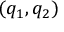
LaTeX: ( q _ { 1 } , q _ { 2 } )